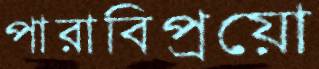
পারাবিপ্রয়ো